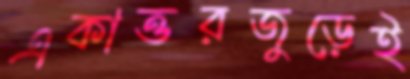
একাত্তরজুড়েই